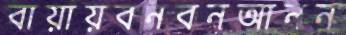
বায়ায়বনবনআনন